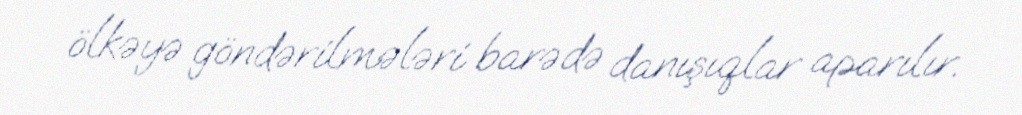
ölkəyə göndərilmələri barədə danışıqlar aparılır.